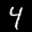
Label: 4